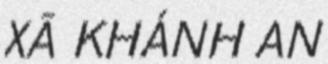
XÃ KHÁNH AN